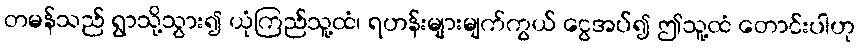
တမန်သည် ရွာသို့သွား၍ ယုံကြည်သူ့ထံ၊ ရဟန်းများမျက်ကွယ် ငွေအပ်၍ ဤသူ့ထံ တောင်းပါဟု